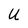
Character: u